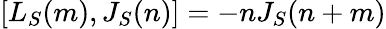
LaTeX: [L_{S}(m),J_{S}(n)]=-nJ_{S}(n+m)